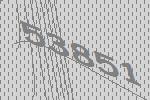
53851